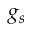
g _ { s }